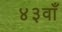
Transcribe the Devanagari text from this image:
४३वाँ